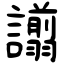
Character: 譾